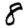
Digit: 8